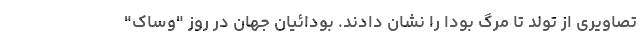
تصاویری از تولد تا مرگ بودا را نشان دادند. بودائیان جهان در روز "وساک"